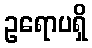
ဥရောပရှိ